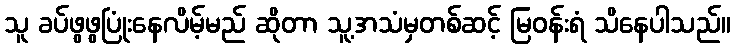
သူ ခပ်ဖွဖွပြုံးနေလိမ့်မည် ဆိုတာ သူ့အသံမှတစ်ဆင့် မြဝန်းရံ သိနေပါသည်။